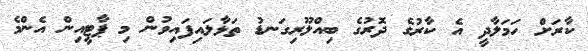
ކާރަށް ހަމަލާދީ އެ ކާރުގެ ދޮރުގެ ބިއްލޫރިގަނޑު ތަޅާލައިފައިވުން މި ޕާޓީއިން އެންމެ